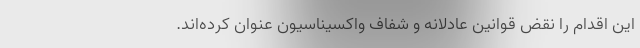
این اقدام را نقض قوانین عادلانه و شفاف واکسیناسیون عنوان کرده‌اند.